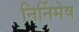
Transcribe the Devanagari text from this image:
निर्निमेष